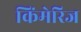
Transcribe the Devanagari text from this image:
किंमेरिज